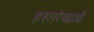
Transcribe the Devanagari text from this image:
हस्तरेखाओं